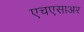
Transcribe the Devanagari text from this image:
एचएसाअर